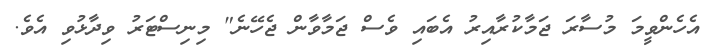
އެހެންވީމަ މުސާރަ ޖަމާކުރާއިރު އެބައި ވެސް ޖަމާވާން ޖެހޭނެ" މިނިސްޓަރު ވިދާޅުވި އެވެ.